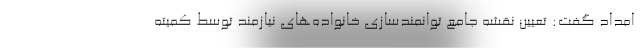
امداد گفت: تعیین نقشه جامع توانمندسازی خانواده‌های نیازمند توسط کمیته